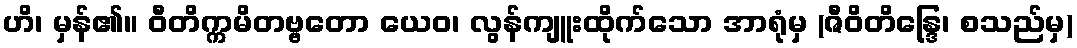
ဟိ၊ မှန်၏။ ဝီတိက္ကမိတဗ္ဗတော ယေဝ၊ လွန်ကျူးထိုက်သော အာရုံမှ (ဇီဝိတိန္ဒြေ၊ စသည်မှ)